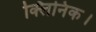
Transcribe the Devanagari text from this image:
क्लिनिक।